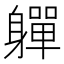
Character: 軃